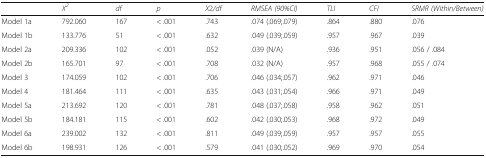
|  | X2 | df | p | X2/df | RMSEA (90%CI) | TLI | CFI | SRMR (Within/Between) |
 | --- | --- | --- | --- | --- | --- | --- | --- | --- |
 | Model 1a | 792.060 | 167 | < .001 | .743 | .074 (.069;.079) | .864 | .880 | .076 |
 | Model 1b | 133.776 | 51 | < .001 | .632 | .049 (.039;.059) | .957 | .967 | .039 |
 | Model 2a | 209.336 | 102 | < .001 | .052 | .039 (N/A) | .936 | .951 | .056 / .084 |
 | Model 2b | 165.701 | 97 | < .001 | .708 | .032 (N/A) | .957 | .968 | .055 / .074 |
 | Model 3 | 174.059 | 102 | < .001 | .706 | .046 (.034;.057) | .962 | .971 | .046 |
 | Model 4 | 181.464 | 111 | < .001 | .635 | .043 (.031;.054) | .966 | .971 | .049 |
 | Model 5a | 213.692 | 120 | < .001 | .781 | .048 (.037;.058) | .958 | .962 | .051 |
 | Model 5b | 184.181 | 115 | < .001 | .602 | .042 (.030;.053) | .968 | .972 | .049 |
 | Model 6a | 239.002 | 132 | < .001 | .811 | .049 (.039;.059) | .957 | .957 | .055 |
 | Model 6b | 198.931 | 126 | < .001 | .579 | .041 (.030;.052) | .969 | .970 | .054 |